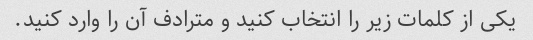
یکی از کلمات زیر را انتخاب کنید و مترادف آن را وارد کنید.